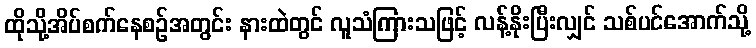
ထိုသို့အိပ်စက်နေစဉ်အတွင်း နားထဲတွင် လူသံကြားသဖြင့် လန့်နိုးပြီးလျှင် သစ်ပင်အောက်သို့